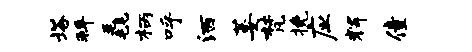
塔拜毳柄呼洒萎梵挽应辉僮